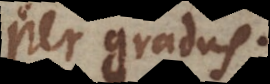
per gradus.